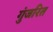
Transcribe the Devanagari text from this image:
गुंजरित